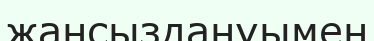
жансыздануымен